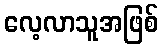
လေ့လာသူအဖြစ်